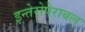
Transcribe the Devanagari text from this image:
इन्तेरोपेराबल